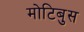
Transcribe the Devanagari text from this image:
मोटिबुस